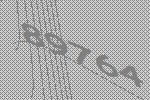
89764